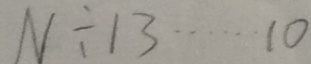
N \div 1 3 \cdots 1 0